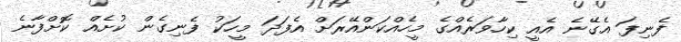
ފެނިފަ އެގޭނެ އެއީ ކިހާވަރެއްގެ މީހެއްކަންއޭރަށް އެފަދަ މީހަކު ފެނިގެން ކުށެއް ކޮށްފާނެ